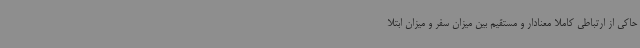
حاکی از ارتباطی کاملا معنادار و مستقیم بین میزان سفر و میزان ابتلا